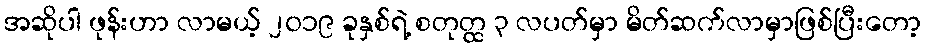
အဆိုပါ ဖုန်းဟာ လာမယ့် ၂၀၁၉ ခုနှစ်ရဲ့ စတုတ္ထ ၃ လပတ်မှာ မိတ်ဆက်လာမှာဖြစ်ပြီးတော့